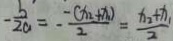
- \frac { b } { 2 a } = - \frac { - ( x _ { 2 } + x ) } { 2 } = \frac { x _ { 2 } + x _ { 1 } } { 2 }